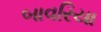
બાવરિયા